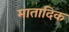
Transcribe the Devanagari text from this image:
मातादिक